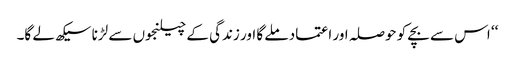
‘‘ اس سے بچے کو حوصلہ اور اعتماد ملے گا اور زندگی کے چیلنجوں سے لڑنا سیکھ لے گا۔